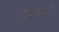
જડતરની